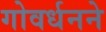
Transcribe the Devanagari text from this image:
गोवर्धनने